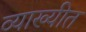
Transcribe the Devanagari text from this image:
व्याख्यीत